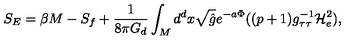
S _ { E } = \beta M - S _ { f } + \frac { 1 } { 8 \pi G _ { d } } \int _ { M } d ^ { d } x \sqrt { \hat { g } } e ^ { - a \Phi } ( ( p + 1 ) g _ { \tau \tau } ^ { - 1 } { \mathcal H } _ { e } ^ { 2 } ) ,